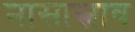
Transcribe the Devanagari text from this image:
नासास्त्राव